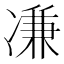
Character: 𠗳